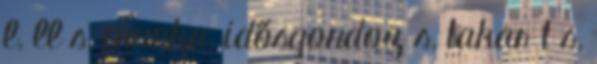
l, ll s, munka, idősgondoz s, takar t s,